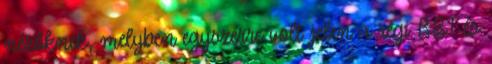
nézőknek, melyben egyszerre volt jelen a régi BBT és